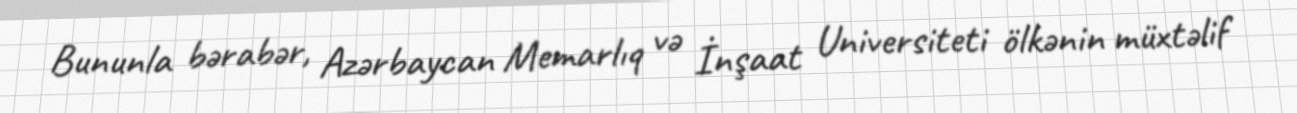
Bununla bərabər, Azərbaycan Memarlıq və İnşaat Universiteti ölkənin müxtəlif